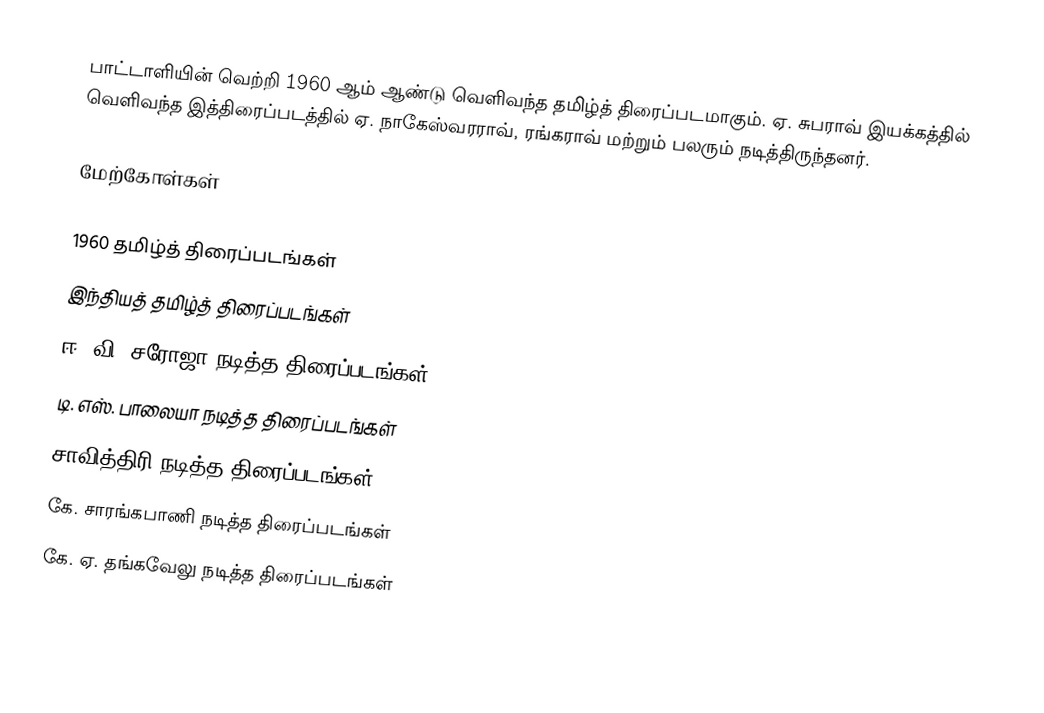
பாட்டாளியின் வெற்றி 1960 ஆம் ஆண்டு வெளிவந்த தமிழ்த் திரைப்படமாகும். ஏ. சுபராவ் இயக்கத்தில் வெளிவந்த இத்திரைப்படத்தில் ஏ. நாகேஸ்வரராவ், ரங்கராவ் மற்றும் பலரும் நடித்திருந்தனர்.

மேற்கோள்கள்

1960 தமிழ்த் திரைப்படங்கள்
இந்தியத் தமிழ்த் திரைப்படங்கள்
ஈ. வி. சரோஜா நடித்த திரைப்படங்கள்
டி. எஸ். பாலையா நடித்த திரைப்படங்கள்
சாவித்திரி நடித்த திரைப்படங்கள்
கே. சாரங்கபாணி நடித்த திரைப்படங்கள்
கே. ஏ. தங்கவேலு நடித்த திரைப்படங்கள்